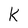
Character: k